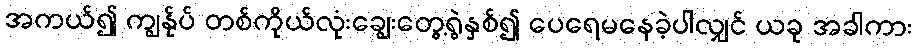
အကယ်၍ ကျွန်ုပ် တစ်ကိုယ်လုံးချွေးတွေ့ရွဲနှစ်၍ ပေရေမနေခဲ့ပါလျှင် ယခု အခါကား